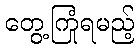
တွေ့ကြုံရမည့်